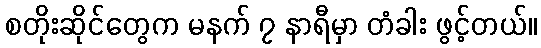
စတိုးဆိုင်တွေက မနက် ၇ နာရီမှာ တံခါး ဖွင့်တယ်။